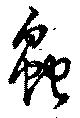
蟲